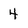
Character: 4